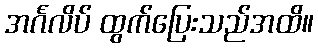
အင်္ဂလိပ် ထွက်ပြေးသည်အထိ။